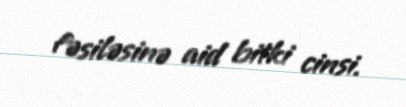
fəsiləsinə aid bitki cinsi.